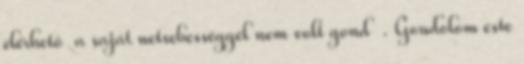
elérhető a saját netsebességgel nem volt gond . Gondolom este